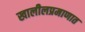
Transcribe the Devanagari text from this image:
खालीलप्रमाणात